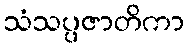
သံသပ္ပဇာတိကာ